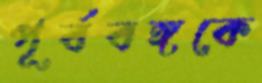
পূর্ববঙ্গকে